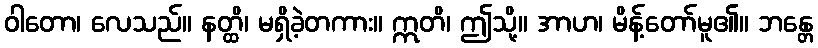
ဝါတော၊ လေသည်။ နတ္ထိ၊ မရှိခဲ့တကား။ ဣတိ၊ ဤသို့။ အာဟ၊ မိန့်တော်မူ၏။ ဘန္တေ